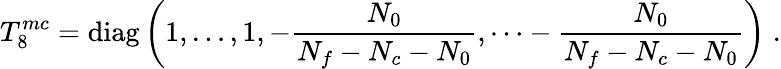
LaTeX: T_{8}^{mc}=\mathrm{diag}\left(1,\dots,1,-\frac{N_{0}}{N_{f}-N_{c}-N_{0}},\dots-\frac{N_{0}}{N_{f}-N_{c}-N_{0}}\right)\; .